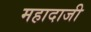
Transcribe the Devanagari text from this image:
महादाजी